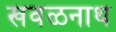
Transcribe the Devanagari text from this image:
खवळनाथ